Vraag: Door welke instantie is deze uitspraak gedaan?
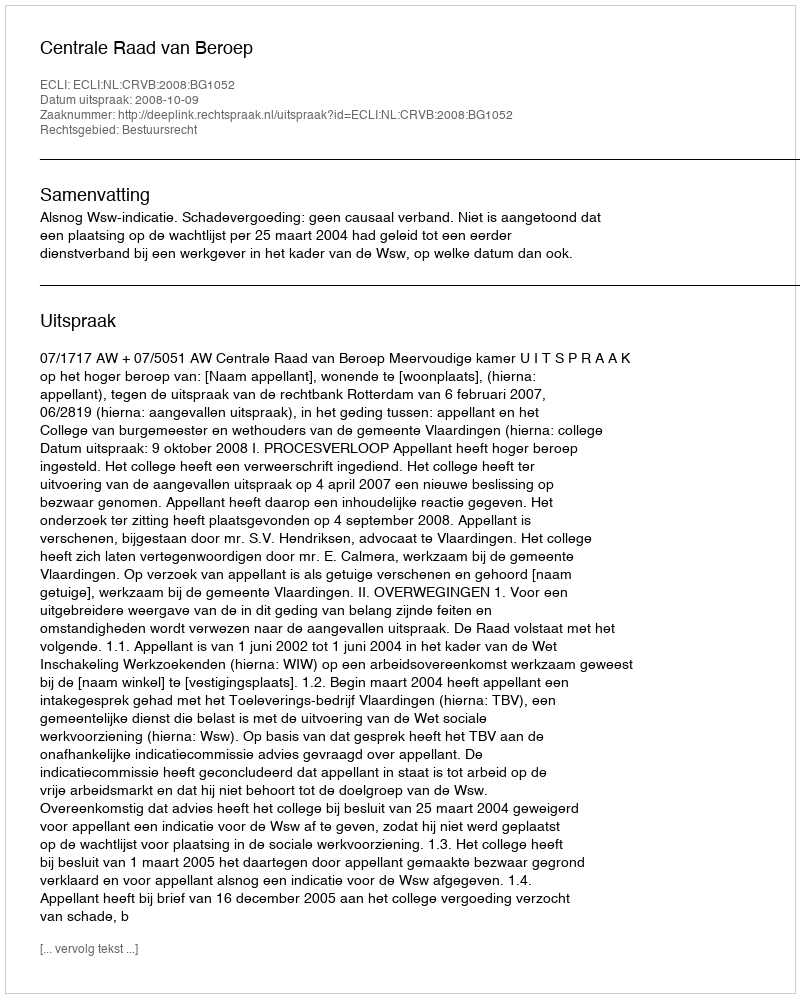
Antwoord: Centrale Raad van Beroep